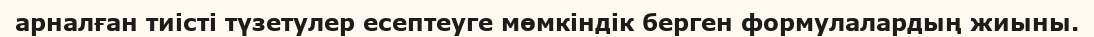
арналған тиiстi түзетулер есептеуге мөмкiндiк берген формулалардың жиыны.